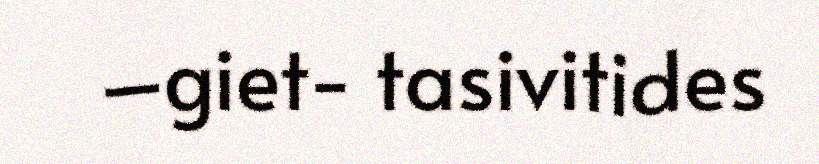
–giet- tasivitides